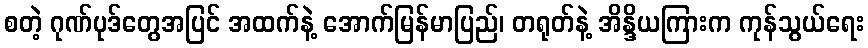
စတဲ့ ဂုဏ်ပုဒ်တွေအပြင် အထက်နဲ့ အောက်မြန်မာပြည်၊ တရုတ်နဲ့ အိန္ဒိယကြားက ကုန်သွယ်ရေး